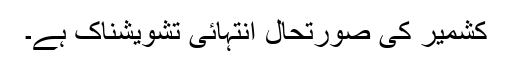
کشمیر کی صورتحال انتہائی تشویشناک ہے۔